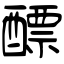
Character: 醥